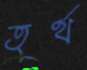
তুর্থ